Annual report on the working of the mental hospitals in the Madras Presidency - 1912-1932
Year: 1912
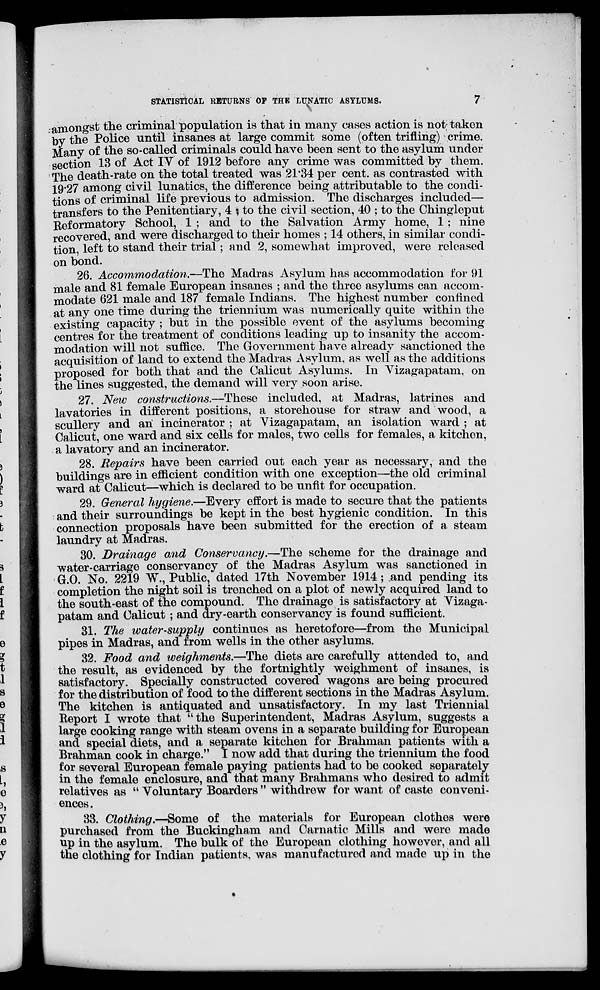
STATISTICAL RETURNS OF THE LUNATIC ASYLUMS.
7
amongst the criminal population is that in many cases action is not taken
by the Police until insanes at large commit some (often trifling) crime.
Many of the so-called criminals could have been sent to the asylum under
section 13 of Act IV of 1912 before any crime was committed by them.
The death-rate on the total treated was 21.34 per cent. as contrasted with
19.27 among civil lunatics, the difference being attributable to the condi-
tions of criminal life previous to admission. The discharges included—
transfers to the Penitentiary, 4 , to the civil section, 40 ; to the Chingleput
Reformatory School, 1 ; and to the Salvation Army home, 1 ; nine
recovered, and were discharged to their homes ; 14 others, in similar condi-
tion, left to stand their trial; and 2, somewhat improved, were released
on bond.
26. Accommodation.—The Madras Asylum has accommodation for 91
male and 81 female European insanes ; and the three asylums can accom-
modate 621 male and 187 female Indians. The highest number confined
at any one time during the triennium was numerically quite within the
existing capacity ; but in the possible event of the asylums becoming
centres for the treatment of conditions leading up to insanity the accom-
modation will not suffice. The Government have already sanctioned the
acquisition of land to extend the Madras Asylum, as well as the additions
proposed for both that and the Calicut Asylums. In Vizagapatam, on
the lines suggested, the demand will very soon arise.
27. New constructions.—These included, at Madras, latrines and
lavatories in different positions, a storehouse for straw and wood, a
scullery and an incinerator ; at Vizagapatam, an isolation ward ; at
Calicut, one ward and six cells for males, two cells for females, a kitchen,
a lavatory and an incinerator.
28. Repairs have been carried out each year as necessary, and the
buildings are in efficient condition with one exception—the old criminal
ward at Calicut—which is declared to be unfit for occupation.
29. General hygiene.—Every effort is made to secure that the patients
and their surroundings be kept in the best hygienic condition. In this
connection proposals have been submitted for the erection of a steam
laundry at Madras.
30. Drainage and Conservancy.—The scheme for the drainage and
water-carriage conservancy of the Madras Asylum was sanctioned in
G.O. No. 2219 W., Public, dated 17th November 1914 ; and pending its
completion the night soil is trenched on a plot of newly acquired land to
the south-east of the compound. The drainage is satisfactory at Vizaga-
patam and Calicut ; and dry-earth conservancy is found sufficient.
31. The water-supply continues as heretofore—from the Municipal
pipes in Madras, and from wells in the other asylums.
32. Food and weighments —The diets are carefully attended to, and
the result, as evidenced by the fortnightly weighment of insanes, is
satisfactory. Specially constructed covered wagons are being procured
for the distribution of food to the different sections in the Madras Asylum.
The kitchen is antiquated and unsatisfactory. In my last Triennial
Report I wrote that "the Superintendent, Madras Asylum, suggests a
large cooking range with steam ovens in a separate building for European
and special diets, and a separate kitchen for Brahman patients with a
Brahman cook in charge." I now add that during the triennium the food
for several European female paying patients had to be cooked separately
in the female enclosure, and that many Brahmans who desired to admit
relatives as " Voluntary Boarders " withdrew for want of caste conveni-
ences .
33. Clothing.—Some of the materials for European clothes were
purchased from the Buckingham and Carnatic Mills and were made
up in the asylum. The bulk of the European clothing however, and all
the clothing for Indian patients, was manufactured and made up in the